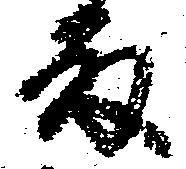
殿